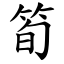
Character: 筍